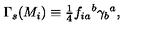
\Gamma _ { s } ( M _ { i } ) \equiv { \textstyle \frac { 1 } { 4 } } f _ { i a } { } ^ { b } \gamma _ { b } { } ^ { a } ,